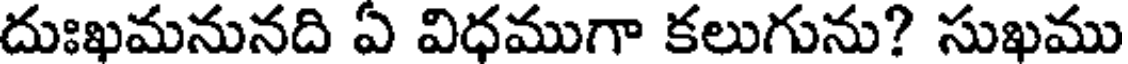
దుఃఖమనునది ఏ విధముగా కలుగును? సుఖము